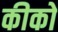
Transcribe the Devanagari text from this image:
कीको